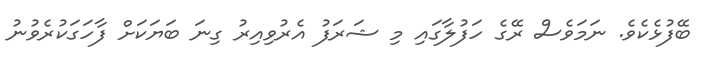
ބޭފުޅެކެވެ. ނަމަވެސް ރޭގެ ހަފުލާގައި މި ޝަރަފު އެރުވިއިރު ގިނަ ބަަޔަކަށް ފާހަގަކުރެވުނު